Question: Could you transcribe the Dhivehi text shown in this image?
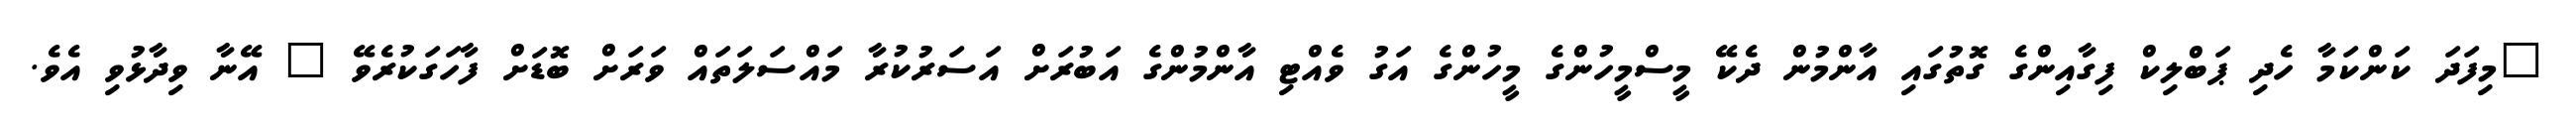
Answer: "މިފަދަ ކަންކަމާ ހެދި ޕަބްލިކް ފިގާއިންގެ ގޮތުގައި އާންމުން ދެކޭ މީސްމީހުންގެ މީހުންގެ އަގު ވެއްޓި އާންމުންގެ އަބުރަށް އަސަރުކުރާ މައްސަލަތައް ވަރަށް ބޮޑަށް ފާހަގަކުރެވޭ " އޭނާ ވިދާޅުވި އެވެ.